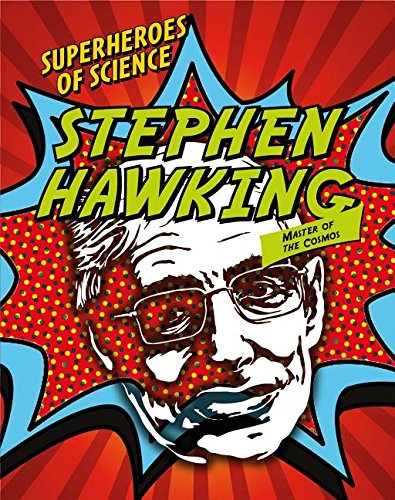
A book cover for Stephen Hawking: Master of the Cosmos (Superheroes of Science); Robert Sneddon; Teen & Young Adult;